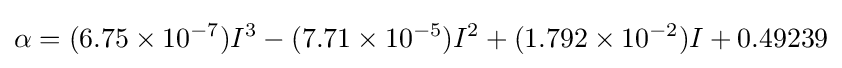
\alpha =(6.75\times 10^{-7})I^{3}-(7.71\times 10^{-5})I^{2}+(1.792\times 10^{-2})I+0.49239